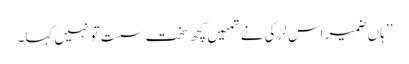
’’ ہاں ضمیر اس لڑکی نے تمھیں کچھ سخت سست تو نہیں کہا۔